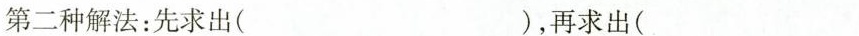
第二种解法：先求出( )，再求出(